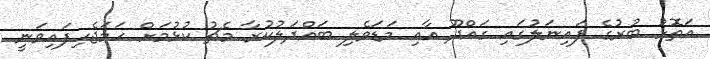
އަތޮޅު ބުރުގެ ފައިނަލުގައި ގައްދޫ އާއި މަޑަވެލި ބައްދަލުކުރާ މެޗު ކުޅުމަށް ހަމަޖެހިފައިވަނީ